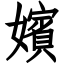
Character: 嬪